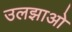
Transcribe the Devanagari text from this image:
उलझाओ